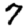
Digit: 7